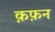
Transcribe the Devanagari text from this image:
क़फ़न